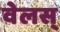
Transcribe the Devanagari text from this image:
वेलस्